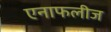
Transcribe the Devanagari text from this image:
एनाफलीज